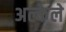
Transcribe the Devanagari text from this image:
अल्केले